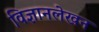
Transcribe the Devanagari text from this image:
विज्ञानलेखन